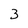
Character: 3